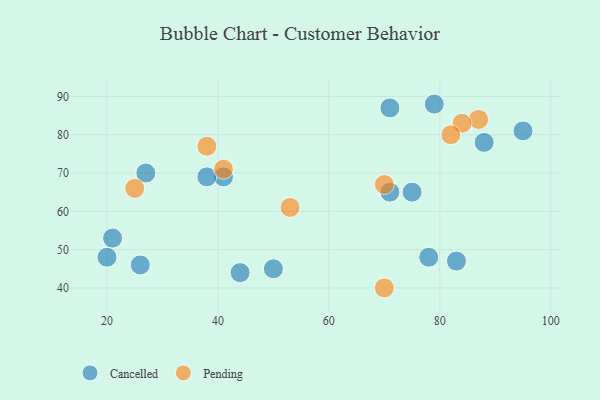
{"axis": {"x": "GDP", "y": "Life Expectancy"}, "legend": ["Cancelled", "Pending"], "data": [{"x": "50", "y": 45, "type": "Cancelled"}, {"x": "88", "y": 78, "type": "Cancelled"}, {"x": "21", "y": 53, "type": "Cancelled"}, {"x": "71", "y": 87, "type": "Cancelled"}, {"x": "83", "y": 47, "type": "Cancelled"}, {"x": "78", "y": 48, "type": "Cancelled"}, {"x": "41", "y": 69, "type": "Cancelled"}, {"x": "20", "y": 48, "type": "Cancelled"}, {"x": "75", "y": 65, "type": "Cancelled"}, {"x": "95", "y": 81, "type": "Cancelled"}, {"x": "44", "y": 44, "type": "Cancelled"}, {"x": "71", "y": 65, "type": "Cancelled"}, {"x": "27", "y": 70, "type": "Cancelled"}, {"x": "38", "y": 69, "type": "Cancelled"}, {"x": "79", "y": 88, "type": "Cancelled"}, {"x": "26", "y": 46, "type": "Cancelled"}, {"x": "41", "y": 71, "type": "Pending"}, {"x": "25", "y": 66, "type": "Pending"}, {"x": "70", "y": 40, "type": "Pending"}, {"x": "38", "y": 77, "type": "Pending"}, {"x": "70", "y": 67, "type": "Pending"}, {"x": "87", "y": 84, "type": "Pending"}, {"x": "53", "y": 61, "type": "Pending"}, {"x": "84", "y": 83, "type": "Pending"}, {"x": "82", "y": 80, "type": "Pending"}]}